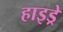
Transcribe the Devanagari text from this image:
हाइड्रे